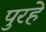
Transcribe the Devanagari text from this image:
पुरहे